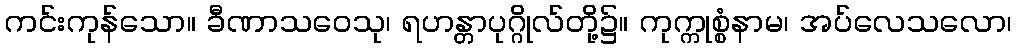
ကင်းကုန်သော။ ခီဏာသဝေသု၊ ရဟန္တာပုဂ္ဂိုလ်တို့၌။ ကုက္ကုစ္စံနာမ၊ အပ်လေသလော၊